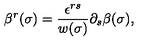
\beta ^ { r } ( \sigma ) = \frac { \epsilon ^ { r s } } { w ( \sigma ) } \partial _ { s } \beta ( \sigma ) ,